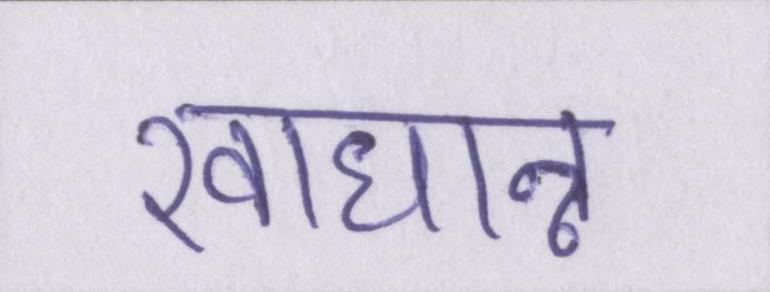
खाधान्न